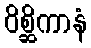
ဝိစ္ဆိကာနံ